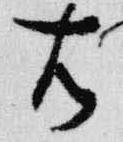
右